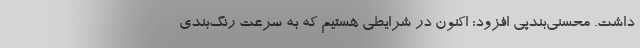
داشت. محسنی‌بندپی افزود: اکنون در شرایطی هستیم که به سرعت رنگ‌بندی